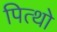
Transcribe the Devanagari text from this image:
पित्थो